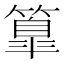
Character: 𥴚